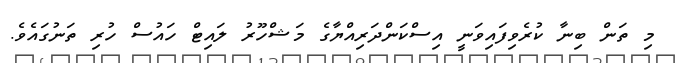
މި ތަން ބިނާ ކުރެވިފައިވަނީ އިސްކަންދަރިއްޔާގެ މަޝްހޫރު ލައިޓް ހައުސް ހުރި ތަނުގައެވެ.